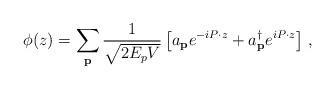
LaTeX: \begin{align*}\phi (z) = \sum_{\bf p} \frac{1}{\sqrt{2 E_p V}} \left[ a_{\bf p} e^{- i P \cdot z} + a_{\bf p}^\dagger e^{ i P \cdot z} \right] \, ,\end{align*}